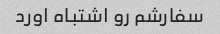
سفارشم رو اشتباه اورد